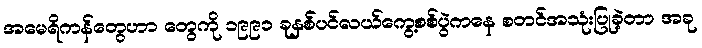
အမေရိကန်တွေဟာ တွေကို ၁၉၉၁ ခုနှစ်ပင်လယ်ကွေ့စစ်ပွဲကနေ စတင်အသုံးပြုခဲ့တာ အခု